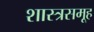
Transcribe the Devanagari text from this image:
शास्त्रसमूह